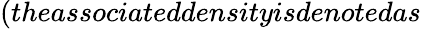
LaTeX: (theassociateddensityisdenotedas